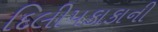
દિલીપકાકાની